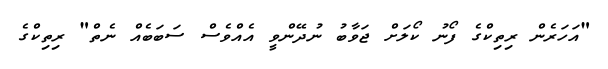
"އަހަރެން ރިތިކްގެ ފޯނު ކޯލަށް ޖަވާބު ނުދޭންވީ އެއްވެސް ސަބަބެއް ނެތް" ރިތިކްގެ